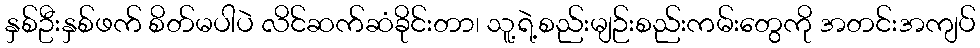
နှစ်ဦးနှစ်ဖက် စိတ်မပါပဲ လိင်ဆက်ဆံခိုင်းတာ၊ သူ့ရဲ့စည်းမျဉ်းစည်းကမ်းတွေကို အတင်းအကျပ်